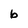
Character: b